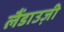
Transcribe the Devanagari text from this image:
लैंडाउज़ी